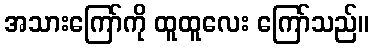
အသားကြော်ကို ထူထူလေး ကြော်သည်။